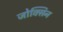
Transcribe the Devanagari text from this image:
जोक्सिन